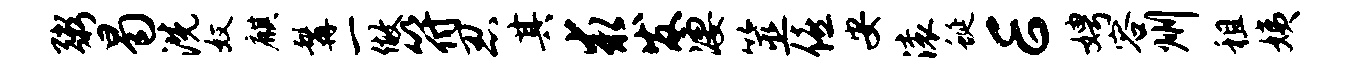
粥曷洗奴麒髯一做符忍其求发凄筮僖安滚蜒E娉容州租姨